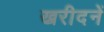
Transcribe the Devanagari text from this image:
ख्ररीदनें